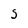
Character: S